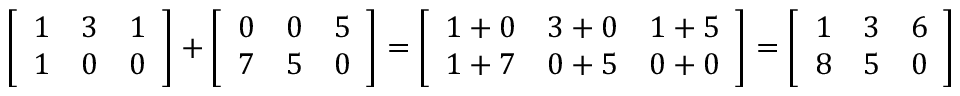
{ \left[ \begin{array} { l l l } { 1 } & { 3 } & { 1 } \\ { 1 } & { 0 } & { 0 } \end{array} \right] } + { \left[ \begin{array} { l l l } { 0 } & { 0 } & { 5 } \\ { 7 } & { 5 } & { 0 } \end{array} \right] } = { \left[ \begin{array} { l l l } { 1 + 0 } & { 3 + 0 } & { 1 + 5 } \\ { 1 + 7 } & { 0 + 5 } & { 0 + 0 } \end{array} \right] } = { \left[ \begin{array} { l l l } { 1 } & { 3 } & { 6 } \\ { 8 } & { 5 } & { 0 } \end{array} \right] }